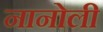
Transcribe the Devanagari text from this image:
नानोली